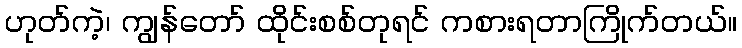
ဟုတ်ကဲ့၊ ကျွန်တော် ထိုင်းစစ်တုရင် ကစားရတာကြိုက်တယ်။